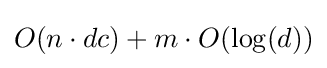
O(n\cdot dc)+m\cdot O(\log(d))